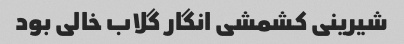
شیرینی کشمشی انگار گلاب خالی بود